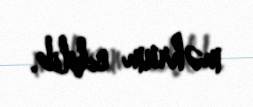
məhrum edilib.